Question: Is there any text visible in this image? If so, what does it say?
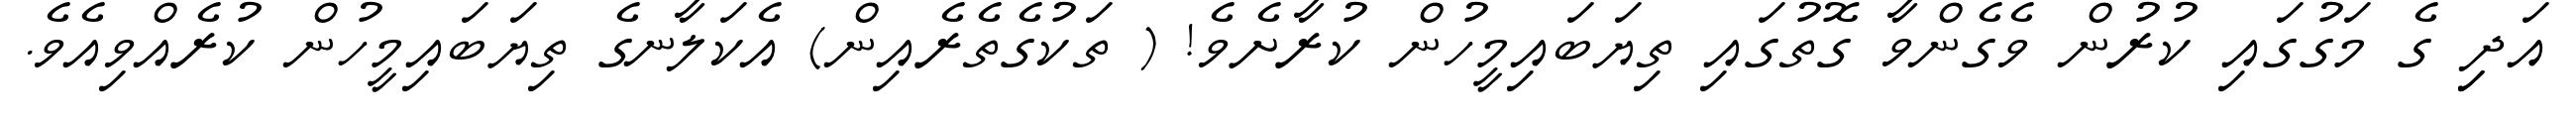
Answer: އަދިި ގެ މަގުގައި ކުރުން ވެގެންވާ ގޮތުގައި ތިޔަބައިމީހުން ކުރާށެވެ! ( ތަކުގެތެރެއިން) އެކަލާނގެ ތިޔަބައިމީހުން ކުރެއްވިއެވެ.